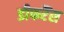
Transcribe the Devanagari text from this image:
डीफरैंस